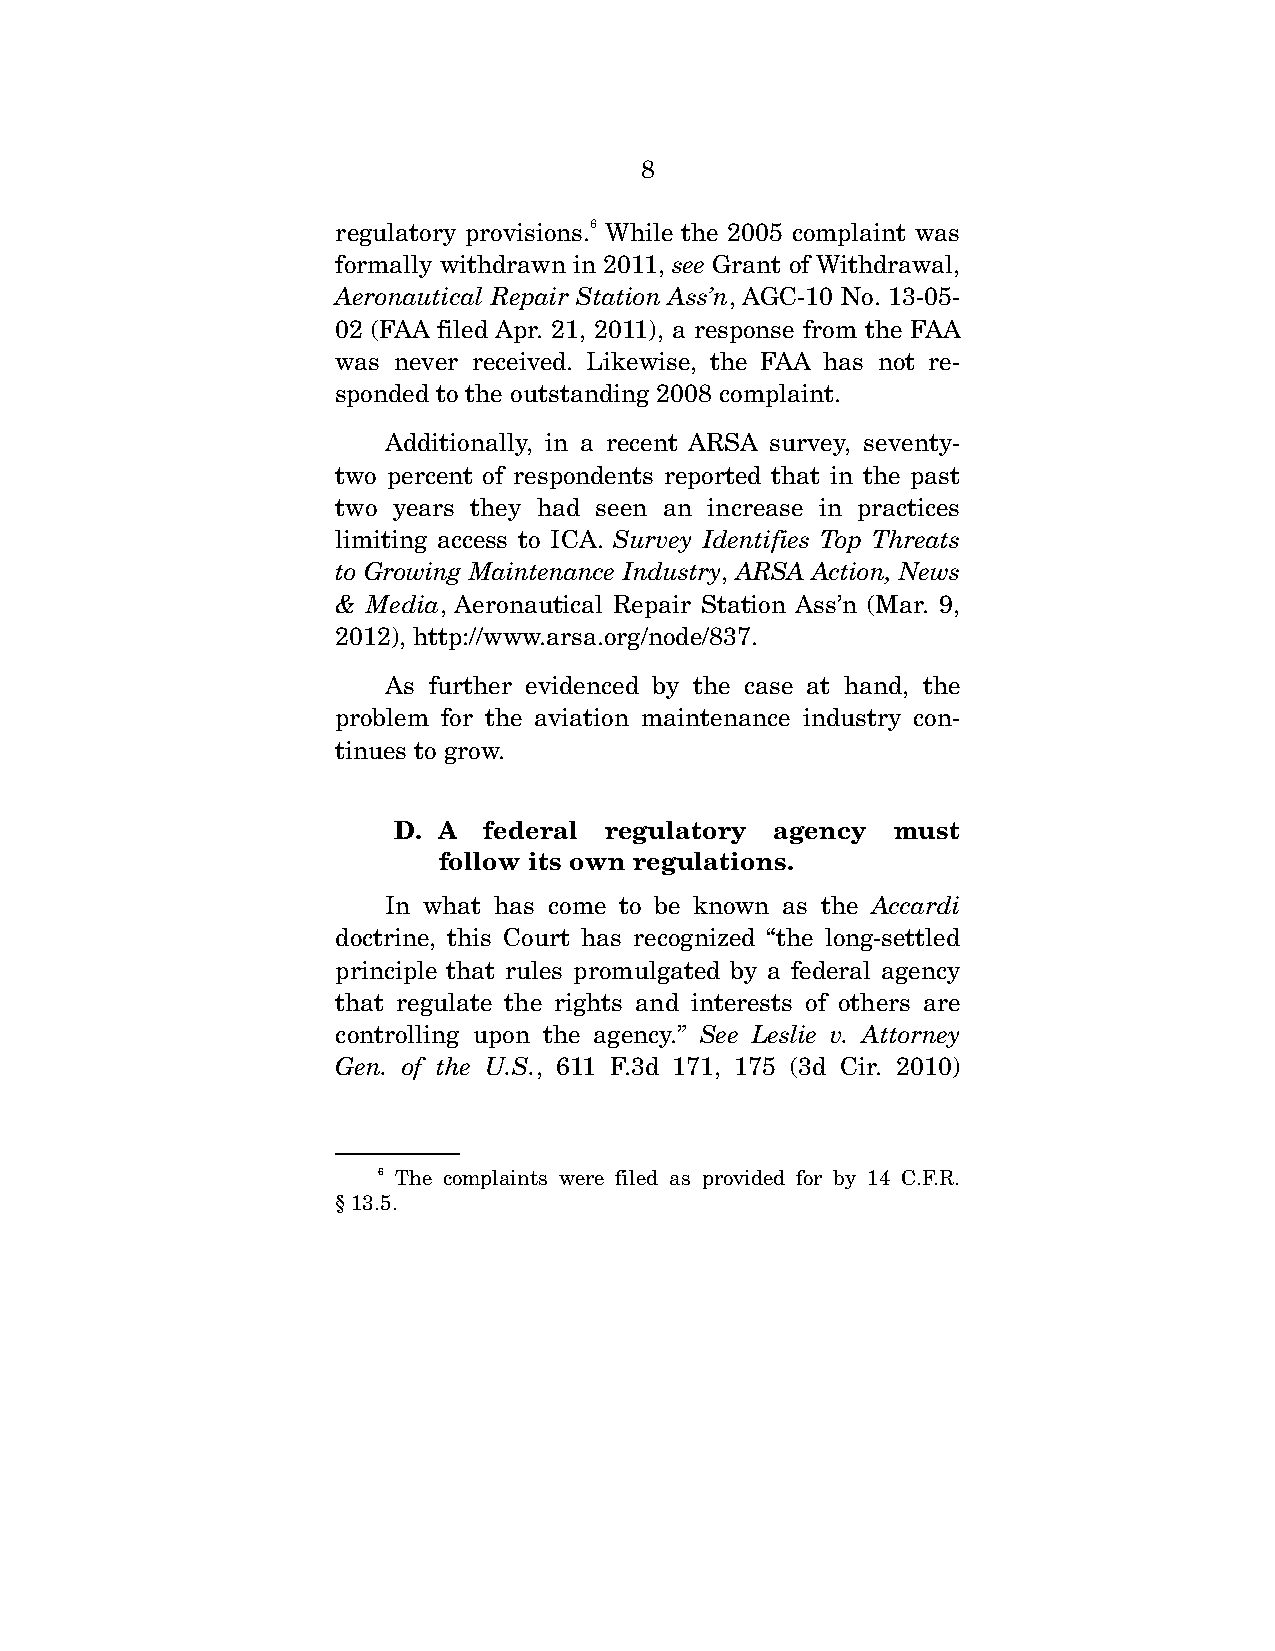
8
 regulatory provisions.6 While the 2005 complaint was
 formally withdrawn in 2011, see Grant of Withdrawal,
 Aeronautical Repair Station Ass’n, AGC-10 No. 13-05-
 02 (FAA filed Apr. 21, 2011), a response from the FAA
 was never received. Likewise, the FAA has not re-
 sponded to the outstanding 2008 complaint.
 Additionally, in a recent ARSA survey, seventy-
 two percent of respondents reported that in the past
 two years they had seen an increase in practices
 limiting access to ICA. Survey Identifies Top Threats
 to Growing Maintenance Industry, ARSA Action, News
 & Media, Aeronautical Repair Station Ass’n (Mar. 9,
 2012), http://www.arsa.org/node/837.
 As further evidenced by the case at hand, the
 problem for the aviation maintenance industry con-
 tinues to grow.
 D. A  federal regulatory  agency  must
 follow its own regulations.
 In what has come to be known as the Accardi
 doctrine, this Court has recognized “the long-settled
 principle that rules promulgated by a federal agency
 that regulate the rights and interests of others are
 controlling upon the agency.” See Leslie v. Attorney
 Gen. of the U.S., 611 F.3d 171, 175 (3d Cir. 2010)
 6 The complaints were filed as provided for by 14 C.F.R.
 § 13.5.